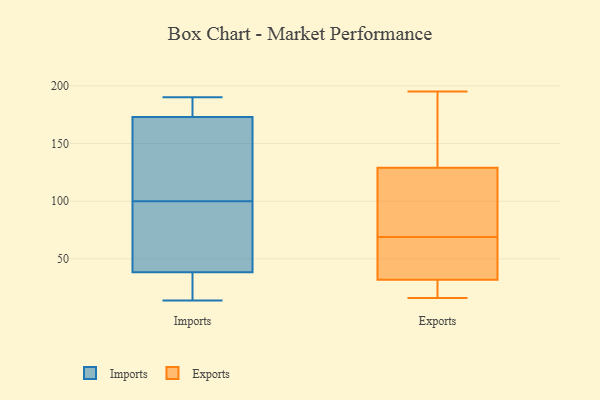
{"axis": {"x": "Humidity (%)", "y": "Value"}, "legend": ["Exports", "Imports"], "data": [{"x": "", "y": 32, "type": "Imports"}, {"x": "", "y": 18, "type": "Imports"}, {"x": "", "y": 174, "type": "Imports"}, {"x": "", "y": 105, "type": "Imports"}, {"x": "", "y": 181, "type": "Imports"}, {"x": "", "y": 45, "type": "Imports"}, {"x": "", "y": 187, "type": "Imports"}, {"x": "", "y": 14, "type": "Imports"}, {"x": "", "y": 172, "type": "Imports"}, {"x": "", "y": 49, "type": "Imports"}, {"x": "", "y": 127, "type": "Imports"}, {"x": "", "y": 164, "type": "Imports"}, {"x": "", "y": 14, "type": "Imports"}, {"x": "", "y": 190, "type": "Imports"}, {"x": "", "y": 72, "type": "Imports"}, {"x": "", "y": 95, "type": "Imports"}, {"x": "", "y": 123, "type": "Exports"}, {"x": "", "y": 32, "type": "Exports"}, {"x": "", "y": 82, "type": "Exports"}, {"x": "", "y": 16, "type": "Exports"}, {"x": "", "y": 69, "type": "Exports"}, {"x": "", "y": 176, "type": "Exports"}, {"x": "", "y": 19, "type": "Exports"}, {"x": "", "y": 195, "type": "Exports"}, {"x": "", "y": 55, "type": "Exports"}, {"x": "", "y": 19, "type": "Exports"}, {"x": "", "y": 125, "type": "Exports"}, {"x": "", "y": 32, "type": "Exports"}, {"x": "", "y": 54, "type": "Exports"}, {"x": "", "y": 51, "type": "Exports"}, {"x": "", "y": 190, "type": "Exports"}, {"x": "", "y": 126, "type": "Exports"}, {"x": "", "y": 138, "type": "Exports"}]}